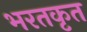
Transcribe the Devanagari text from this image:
भरतकृत